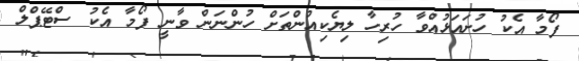
ފޯމާ އެކު ހުށައަޅުއްވާ ހުރިހާ ލިޔެކިއުންތަށް ހުންނަން ވާނީ ފޯމާ އެކު ސްޓޭޕްލް